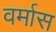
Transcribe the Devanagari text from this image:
वर्मास